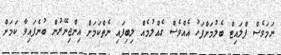
ނަމަވެސް ފްލައިޓް ބެލުމަށްފަހު އެއްވެސް ގެއްލުމެއް ލިބިފައި ނެތްކަމަށް އިންޖިނޭރުން ބުނެފައިވާ ކަމަށް